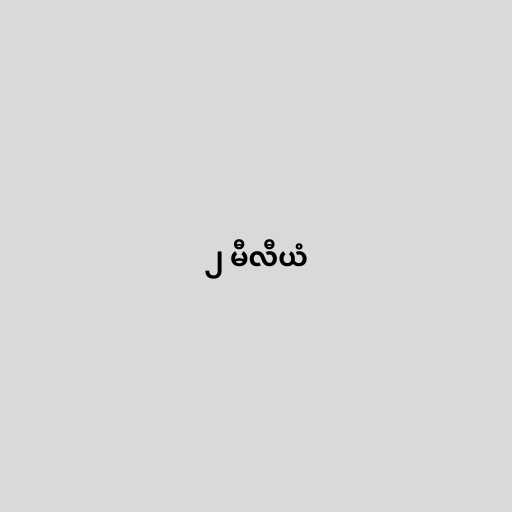
၂ မီလီယံ